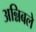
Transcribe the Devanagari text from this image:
अन्निबले